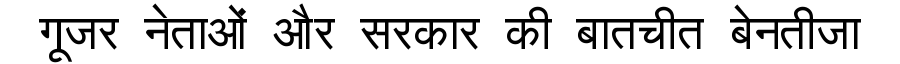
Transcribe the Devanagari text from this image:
गूजर नेताओं और सरकार की बातचीत बेनतीजा